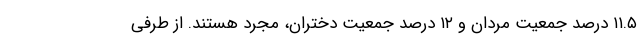
۱۱.۵ درصد جمعیت مردان و ۱۲ درصد جمعیت دختران، مجرد هستند. از طرفی